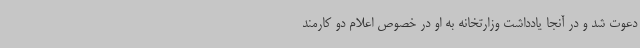
دعوت شد و در آنجا یادداشت وزارتخانه به او در خصوص اعلام دو کارمند